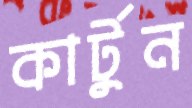
কার্টুন